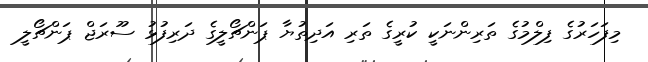
މިފަހަރުގެ ފިލްމުގެ ތަރިންނަކީ ކުރީގެ ތަރި އަދިތުޔާ ޕަންޗޯލީގެ ދަރިފުޅު ސޫރަޖް ޕަންޗޯލީ